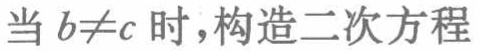
当 \(b\neq c\) 时，构造二次方程